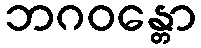
ဘဂဝန္တော